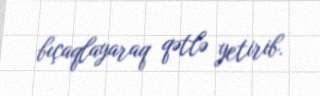
bıçaqlayaraq qətlə yetirib.